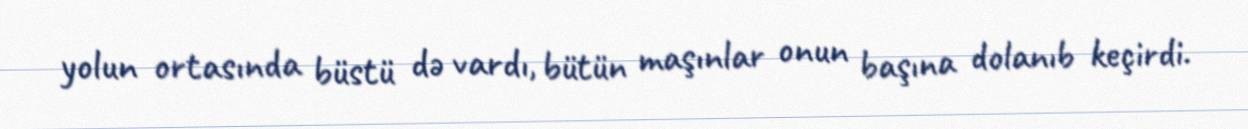
yolun ortasında büstü də vardı, bütün maşınlar onun başına dolanıb keçirdi.